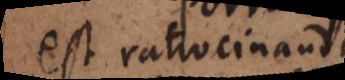
est ratiocinandi